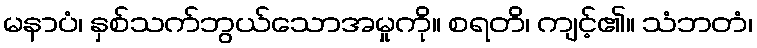
မနာပံ၊ နှစ်သက်ဘွယ်သောအမှုကို။ စရတိ၊ ကျင့်၏။ သံဘတံ၊